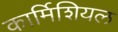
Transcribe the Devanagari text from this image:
कार्मिशियल